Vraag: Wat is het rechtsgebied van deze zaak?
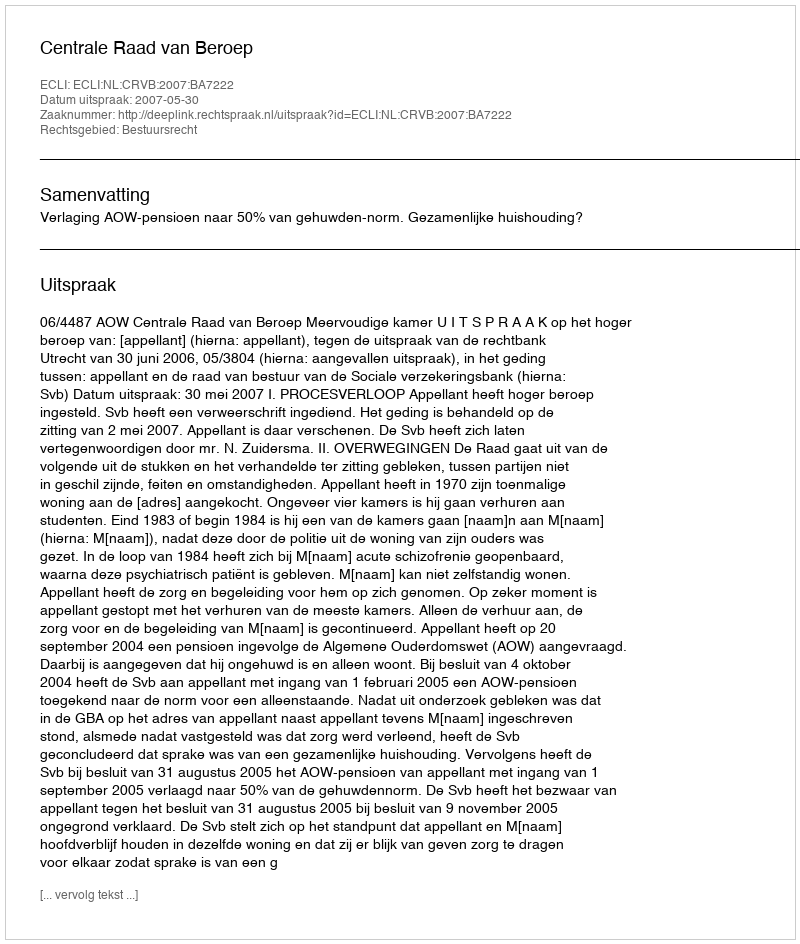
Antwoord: Bestuursrecht